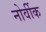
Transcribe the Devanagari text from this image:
नोर्वीक